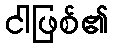
ငါဖြစ်၏